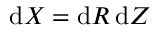
\mathrm { d } X = \mathrm { d } R \, \mathrm { d } Z